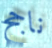
ناجح